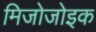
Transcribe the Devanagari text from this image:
मिजोजोइक